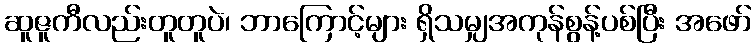
ဆူဇူကီလည်းတူတူပဲ၊ ဘာကြောင့်များ ရှိသမျှအကုန်စွန့်ပစ်ပြီး အဖော်